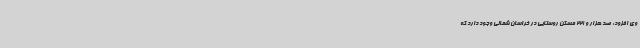
وی افزود: صد هزار و 221 مسکن روستایی در خراسان شمالی وجود دارد که